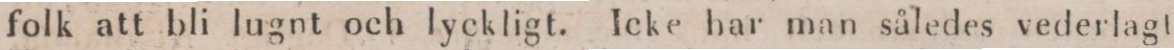
folk att bli lugnt och lyckligt. Icke har man således vederlagt